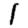
Digit: 1